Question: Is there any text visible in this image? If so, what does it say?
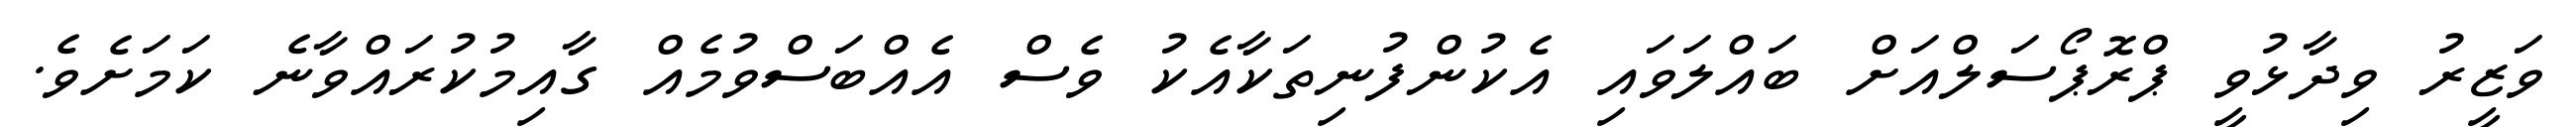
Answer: ވަޒީރު ވިދާޅުވީ ޕްރޮޕޯސަލްއަށް ބައްލަވައި އެކުންފުނިތަކާއެކު ވެސް އެއްބަސްވުމެއް ގާއިމުކުރައްވާނެ ކަމަށެވެ.